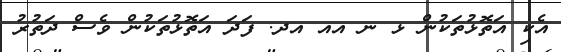
އެކި އަތޮޅުތަކުން ޅ ނ އއ އދ. ފަދަ އަތޮޅުތަކުން ވެސް ދަތުރު